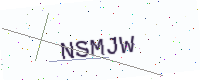
Text: NSMJW